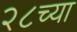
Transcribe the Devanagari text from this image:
२८च्या